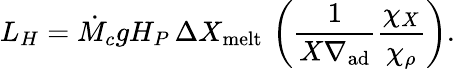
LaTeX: L_{H}=\dot{M}_{c}gH_{P}\, \Delta X_{\mathrm{melt}}\, \left({\frac{1}{X\nabla_{\mathrm{ad}}}}{\frac{\chi_{X}}{\chi_{\rho}}}\right).